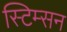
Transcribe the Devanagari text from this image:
स्टिम्सन